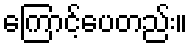
ကြောင့်ပေတည်း။